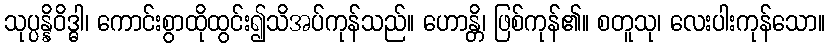
သုပ္ပန္နိဝိဒ္ဓါ၊ ကောင်းစွာထိုထွင်း၍သိအပ်ကုန်သည်။ ဟောန္တိ၊ ဖြစ်ကုန်၏။ စတူသု၊ လေးပါးကုန်သော။